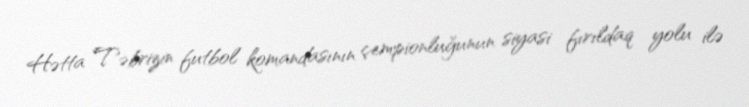
Hətta Təbrizin futbol komandasının çempionluğunun siyasi fırıldaq yolu ilə